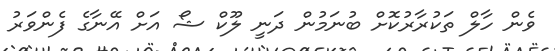
ވެން ހާލް ތަކުރާރުކޮށް ބުނަމުން ދަނީ ލޫކް ޝޯ އަށް އޭނާގެ ފެންވަރު